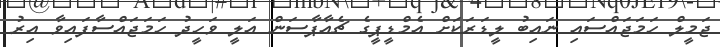
ޖަމީލް ހަމަޖައްސައި ނައިބު ލީޑަރަކަށް އެމްޑީޕީގެ ޗެއާޕާސަން އަލީ ވަހީދު ހަމަޖައްސާފައިވާ އިރު